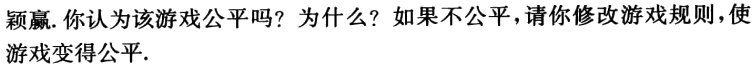
颖赢. 你认为该游戏公平吗？为什么？如果不公平，请你修改游戏规则，使游戏变得公平.